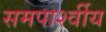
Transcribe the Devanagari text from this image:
समपार्श्वीय